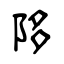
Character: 陊